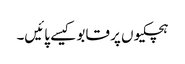
ہچکیوں پر قابو کیسے پائیں۔